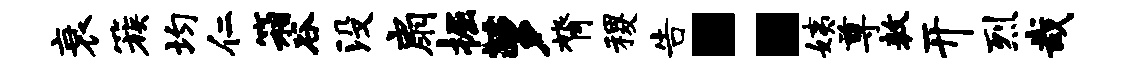
衰簇均仁箱谷没扇掘萝膂稷告：姨尊敖开烈哉